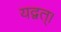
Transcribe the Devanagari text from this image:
यद्वत्।